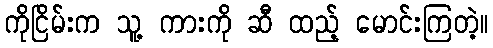
ကိုငြိမ်းက သူ့ ကားကို ဆီ ထည့် မောင်းကြတဲ့။